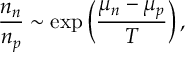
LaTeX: { \frac { n _ { n } } { n _ { p } } } \sim \exp \left( { \frac { \mu _ { n } - \mu _ { p } } { T } } \right) ,